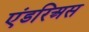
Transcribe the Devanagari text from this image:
एंडरिअस